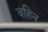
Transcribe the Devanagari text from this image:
वहिन